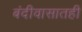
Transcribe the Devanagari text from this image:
बंदीवासातही